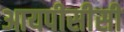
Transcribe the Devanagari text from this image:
आयपीसीसी